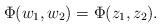
LaTeX: \begin{align*}\Phi (w_1,w_2)=\Phi (z_1,z_2) . \end{align*}